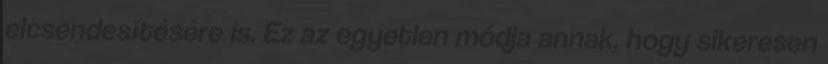
elcsendesítésére is. Ez az egyetlen módja annak, hogy sikeresen